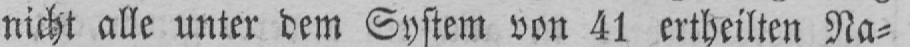
nicht alle unter dem System von 41 ertheilten Na⸗